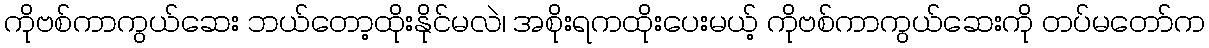
ကိုဗစ်ကာကွယ်ဆေး ဘယ်တော့ထိုးနိုင်မလဲ၊ အစိုးရကထိုးပေးမယ့် ကိုဗစ်ကာကွယ်ဆေးကို တပ်မတော်က